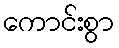
ကောင်းစွာ